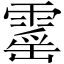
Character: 𮦡